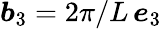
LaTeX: \boldsymbol b_{3}=2\pi/L\, \boldsymbol e_{3}